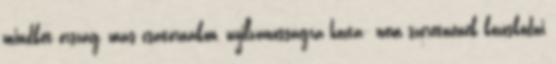
mindkét ország, más csatornákon, nyilvánosságra hozta: nem szeretnének közösködni